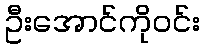
ဦးအောင်ကိုဝင်း